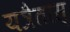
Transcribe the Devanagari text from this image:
यत्रैतास्‌